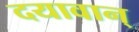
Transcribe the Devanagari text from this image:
दयावान्